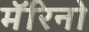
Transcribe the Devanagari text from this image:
मॅरिनो